Vaccination in Bombay 1924-1928 - 1924-1928
Year: 1924
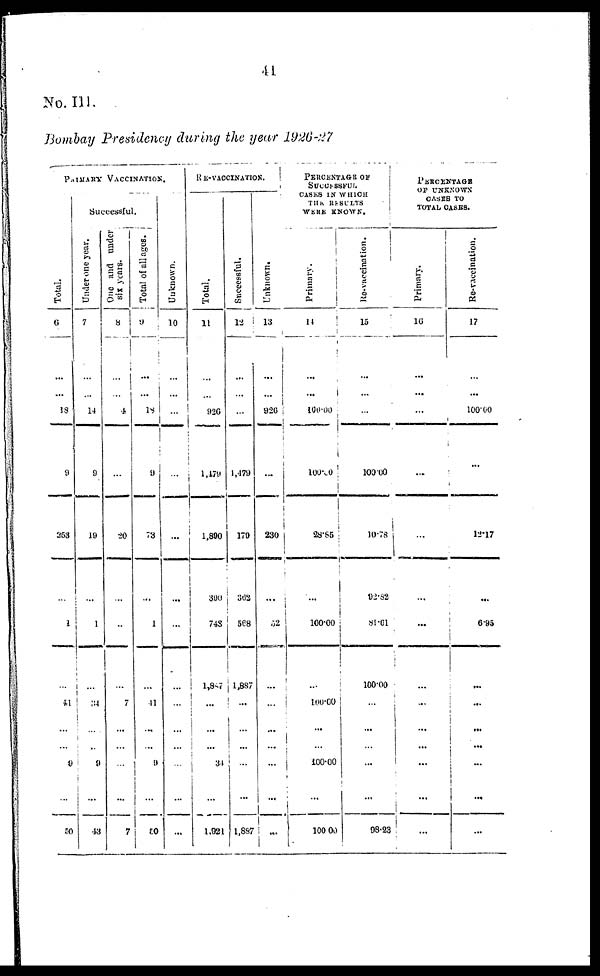
41
No. III .
Bombay Presidency during the year 1926-27
PRIMARY VACCINATION.
Total.
6
...
...
18
9
253
...
1
...
41
...
...
9
...
50
Successful.
Under one year.
7
...
...
14
9
19
...
1
...
34
...
...
9
...
43
One and under
six years.
8
...
...
4
...
20
...
...
...
7
...
...
...
...
7
Total of all ages.
9
...
...
18
9
73
...
1
...
41
...
...
9
...
50
Unknown.
10
...
...
...
...
...
...
...
...
...
...
...
...
...
...
RE-VACCINATION.
Total.
11
...
...
926
1,479
1,890
390
743
1,847
...
...
...
34
...
1,921
Successful.
12
...
...
...
1,479
179
362
568
1,887
...
...
...
...
...
1,887
Unknown.
13
...
...
926
...
230
...
52
...
...
...
...
...
...
...
PERCENTAGE OF
SUCCESSFUL.
CASES IN WHICH
THE RESULTS
WERE KNOWN.
Primary.
14
...
...
100.00
100.00
28.85
...
100.00
...
100.00
...
...
100.00
...
100.00
Re-vaccination.
15
...
...
...
100.00
10.78
92.82
81.61
100.00
...
...
...
...
...
98.23
PERCENTAGE
OF UNKNOWN
CASES TO
TOTAL CASES.
Primary.
10
...
...
...
...
...
...
...
...
...
...
...
...
...
...
Re-vaccination.
17
...
...
100.00
...
12.17
...
6.95
...
...
...
...
...
...
...